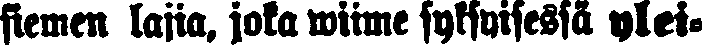
siemen lajia, jota wiime syksyisessä ylei-